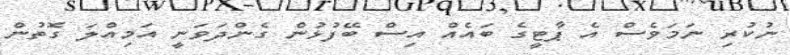
ނުކުރި ނަމަވެސް އެ ޕާޓީގެ ބައެއް އިސް ބޭފުޅުން ގެންދަވަނީ އަމިއްލަ ގޮތުން